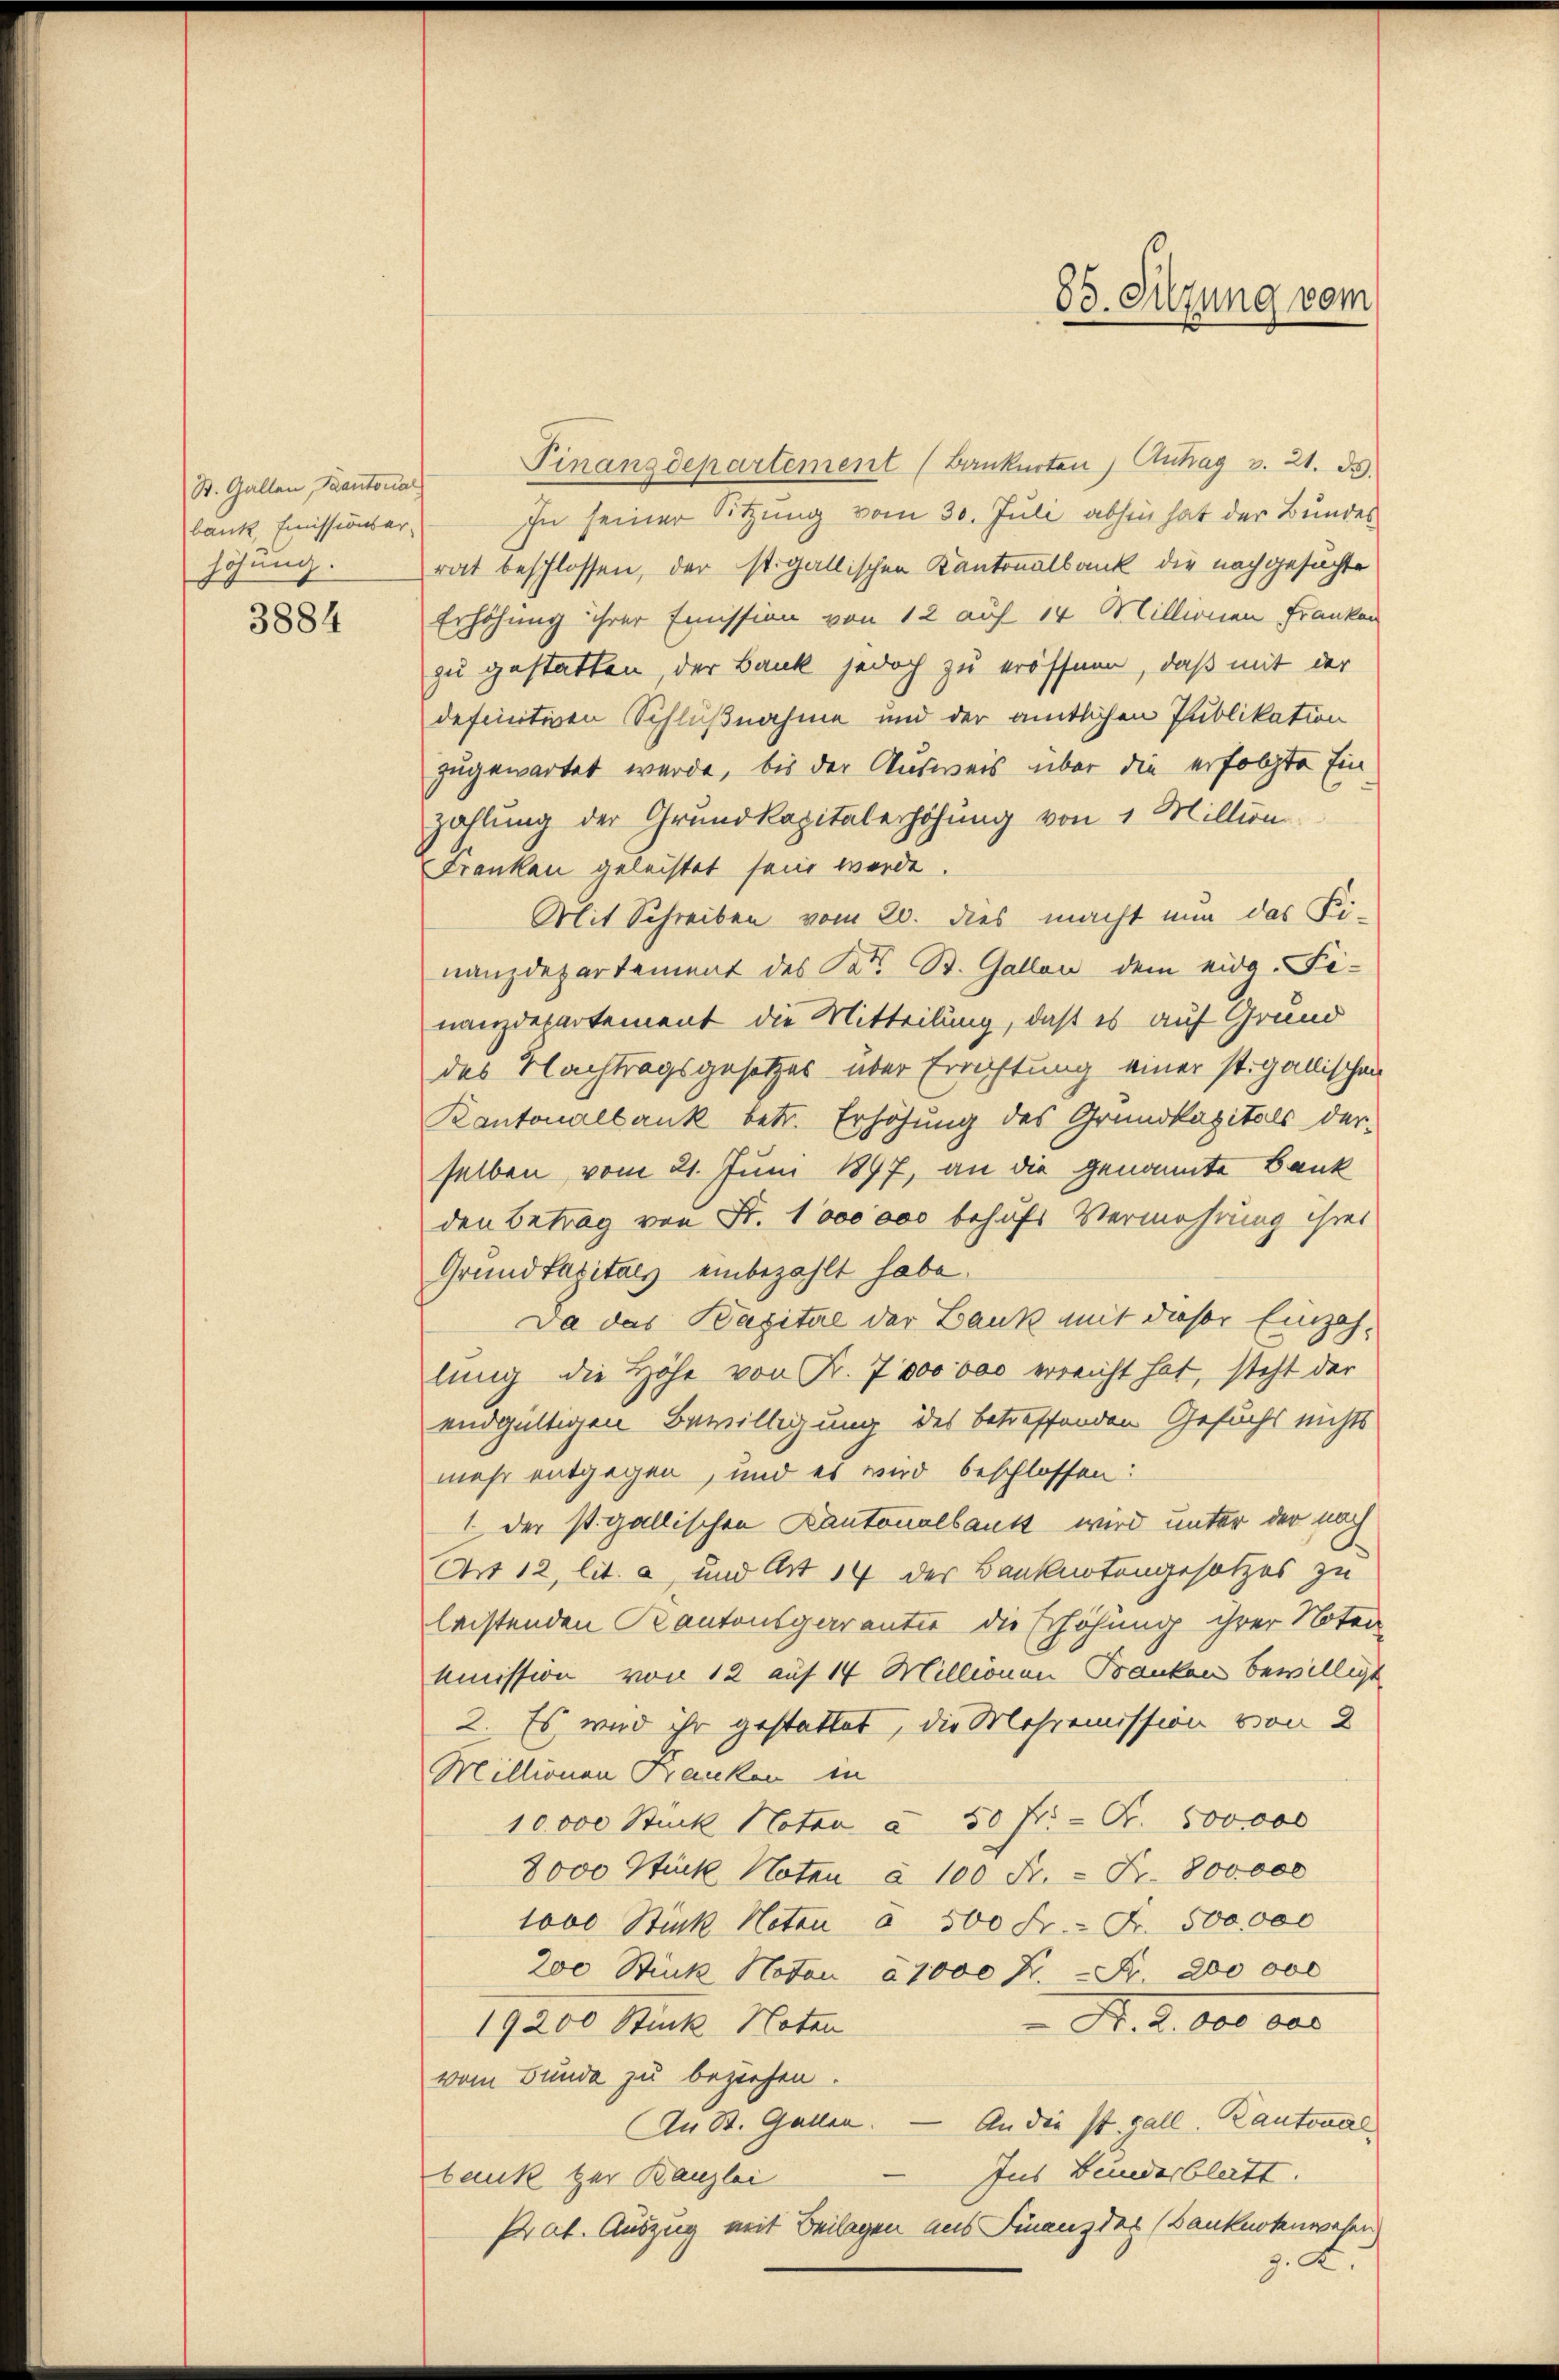
St. Gallen, Kantonal
bank, Emissionsar-
höhung.
3884

Finanzdepartement (Banknoten) Antrag v. 21. ds.
In seiner Sitzung vom 30. Juli abhin hat der Bundes
rat beschlossen, der st. gallischen Kantonalbank die nachgesuchte
Erhöhung ihrer Emission von 12 auf 14 Millionen Franken
zu gestatten, der Bank jedoch zu eröffnen, daß mit der
definitiven Schlußnahme und der amtlichen Publikation
zugewartet werde, bis der Ausweis über die erfolgte Einzahlung der Grundkapitalerhöhung von 1 Million
Franken geleistet sein werde.
Mit Schreiben vom 20. dies macht nun das Fi-
nanzdepartement des Kat. St. Gallen dem eidg. Finanzdepartement die Mitteilung, daß es auf Grund
des Nachtragsgesetzes über Errichtung einer st. gallischen
Kantonalbank betr. Erhöhung des Grundkapitals der-
selben vom 21. Juni 1897, an die genannte Bank
den Betrag von Fr. 1000000 behufs Vermehrung ihres
Grundkapitals einbezahlt habe.
Da das Kapital der Bank mit dieser Einzahlung die Höhe von Fr. 7000 000 erreicht hat, steht der
endgültigen Bewilligung des betreffenden Gesuchs nichts
mehr entgegen, und es wird beschlossen:
1 der st. gallischen Kantonalbank wird unter der noch
Art 12, lit. a, und Art 14 der Banknotengesetzes zu
leistenden Kantonsgarantie die Erhöhung ihrer Noter
ummission von 12 auf 14 Millionen Banken bewilligt
2. Es wird ihr gestattet, die Mohremission von 2
Millionen Franken in
10000 Stück Noten à 50 fl. - Fr. 500000
8000 Stück Noten à 100 Fr. = Fr. 800,000
1000 Stück Noten a 500 Fr. - Fr. 500,000
200 Stück Noten à 1000 Fr. - Fr. 200 obe
N. Z. 680. aus
19200 Stück Noten
vom Funda zu beziehen.
An St. Gallen. — An die st. Gall. Kantonal
Ins Bundesblatt.
bank zur Banzlei
Prat. Auszug mit Beilagen aus Finanz des (Banknotenwesen
g. d.

85. Sitzung vom